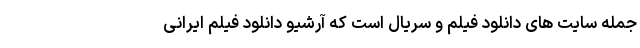
جمله سایت های دانلود فیلم و سریال است که آرشیو دانلود فیلم ایرانی